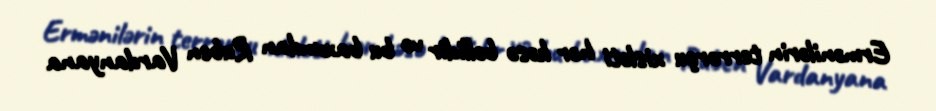
Ermənilərin terrorçu xisləti hər kəsə bəllidir və bu baxımdan Ruben Vardanyana